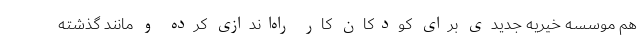
هم موسسه خیریه جدیدی برای کودکان کار راه‌اندازی کرده و مانند گذشته